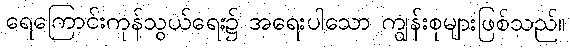
ရေကြောင်းကုန်သွယ်ရေး၌ အရေးပါသော ကျွန်းစုများဖြစ်သည်။